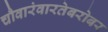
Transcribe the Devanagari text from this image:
चौवारंवारतेबरोबर